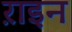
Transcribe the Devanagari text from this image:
ऱाइन